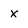
Character: x